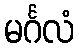
မင်္ဂလံ